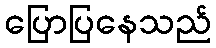
ပြောပြနေသည်